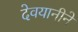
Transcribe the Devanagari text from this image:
देवयानीने